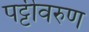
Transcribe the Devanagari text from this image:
पट्टीवरुण